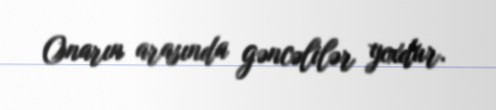
Onarın arasında gəncəlilər yoxdur.